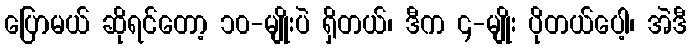
ပြောမယ် ဆိုရင်တော့ ၁၀-မျိုးပဲ ရှိတယ်၊ ဒီက ၄-မျိုး ပိုတယ်ပေါ့၊ အဲဒီ